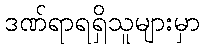
ဒဏ်ရာရရှိသူများမှာ